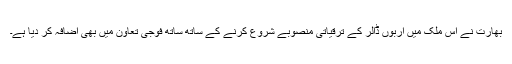
بھارت نے اس ملک میں اربوں ڈالر کے ترقیاتی منصوبے شروع کرنے کے ساتھ ساتھ فوجی تعاون میں بھی اضافہ کر دیا ہے۔